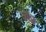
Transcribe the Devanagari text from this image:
जेठ्ठ